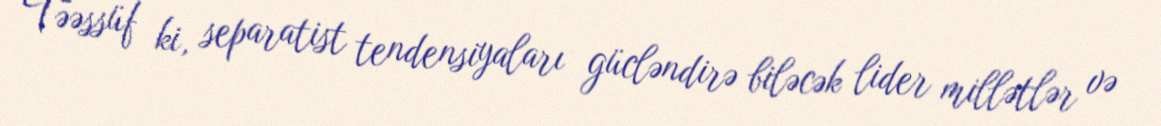
Təəssüf ki, separatist tendensiyaları gücləndirə biləcək lider millətlər və